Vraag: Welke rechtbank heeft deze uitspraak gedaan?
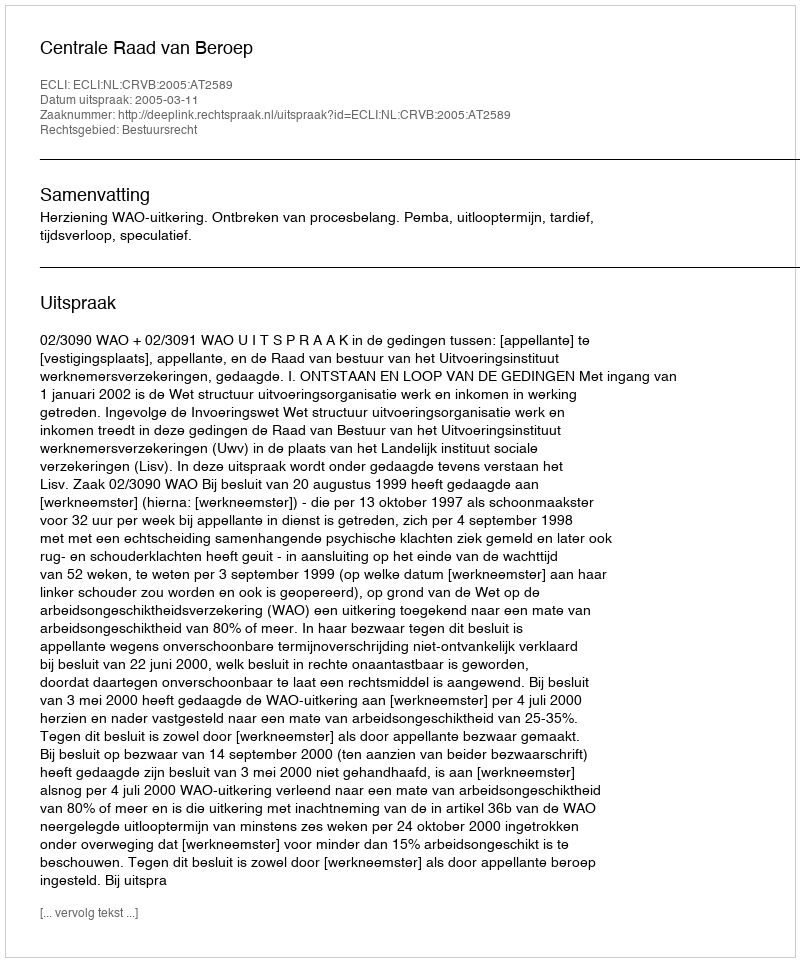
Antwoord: Centrale Raad van Beroep